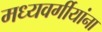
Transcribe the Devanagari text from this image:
मध्यवर्गीयांना